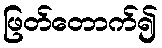
ဖြတ်တောက်၍